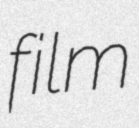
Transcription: film